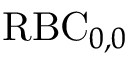
\mathrm { R B C } _ { 0 , 0 }